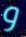
و